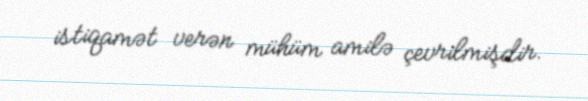
istiqamət verən mühüm amilə çevrilmişdir.